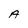
Character: A